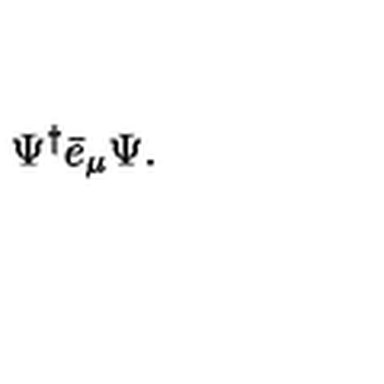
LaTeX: \Psi ^ { \dagger } \bar { e } _ { \mu } \Psi .